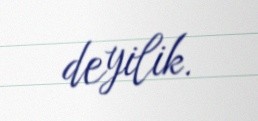
deyilik.